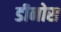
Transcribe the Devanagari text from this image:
डीनोस